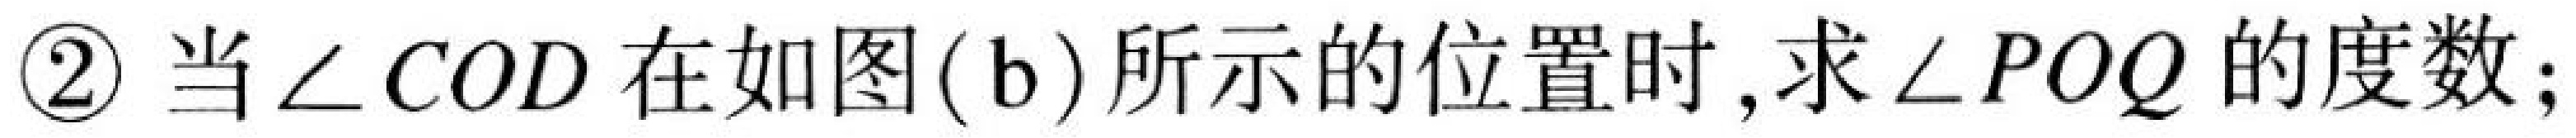
\textcircled{2} 当\(\angle COD\)在如图(b)所示的位置时,求\(\angle POQ\)的度数;